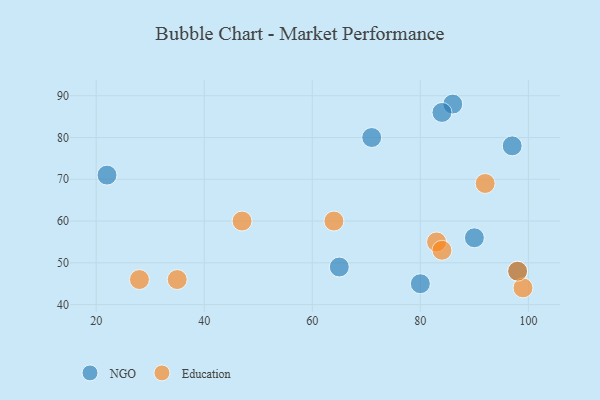
{"axis": {"x": "GDP", "y": "Life Expectancy"}, "legend": ["Education", "NGO"], "data": [{"x": "71", "y": 80, "type": "NGO"}, {"x": "22", "y": 71, "type": "NGO"}, {"x": "98", "y": 48, "type": "NGO"}, {"x": "97", "y": 78, "type": "NGO"}, {"x": "65", "y": 49, "type": "NGO"}, {"x": "90", "y": 56, "type": "NGO"}, {"x": "86", "y": 88, "type": "NGO"}, {"x": "84", "y": 86, "type": "NGO"}, {"x": "80", "y": 45, "type": "NGO"}, {"x": "83", "y": 55, "type": "Education"}, {"x": "47", "y": 60, "type": "Education"}, {"x": "84", "y": 53, "type": "Education"}, {"x": "99", "y": 44, "type": "Education"}, {"x": "92", "y": 69, "type": "Education"}, {"x": "98", "y": 48, "type": "Education"}, {"x": "28", "y": 46, "type": "Education"}, {"x": "64", "y": 60, "type": "Education"}, {"x": "35", "y": 46, "type": "Education"}]}